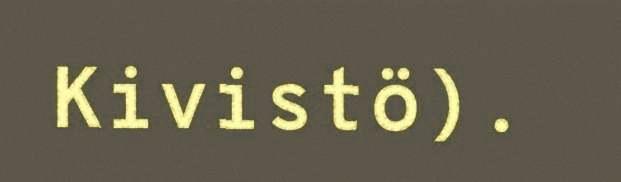
Kivistö).